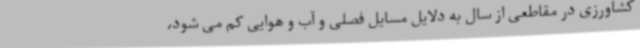
کشاورزی در مقاطعی از سال به دلایل مسایل فصلی و آب و هوایی کم می شود،